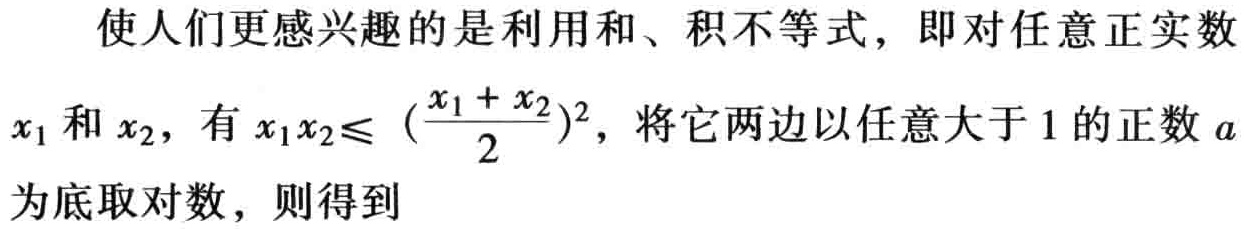
使人们更感兴趣的是利用和、积不等式，即对任意正实数

\(x_{1}\)和\(x_{2}\)，有\(x_{1}x_{2}\leq (\frac{x_{1} + x_{2}}{2})^{2}\)，将它两边以任意大于\(1\)的正数\(a\)

为底取对数，则得到